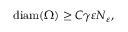
\begin{array} { r } { \mathrm { d i a m } ( \Omega ) \geq C \gamma \varepsilon N _ { \varepsilon } , } \end{array}